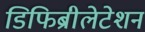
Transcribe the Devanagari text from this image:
डिफिब्रीलेटेशन